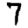
Digit: 7